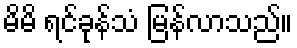
မိမိ ရင်ခုန်သံ မြန်လာသည်။